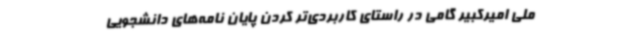
ملی امیرکبیر گامی در راستای کاربردی‌تر کردن پایان نامه‌های دانشجویی